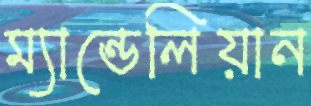
ম্যান্ডেলিয়ান